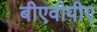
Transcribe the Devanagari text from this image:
बीएवीपीए